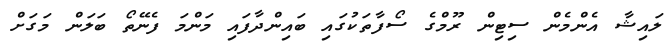
ލައިޝާ އެންމެން ސިޓިން ރޫމްގެ ސޯފާތަކުގައި ބައިންދާފައި މަންމަ ފެނޭތޯ ބަލަން މަގަށް